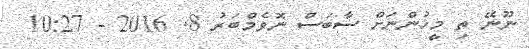
ނޫނޭ ތި މީހުންނަށް ސާބަސް ނޮވެމްބަރު 8